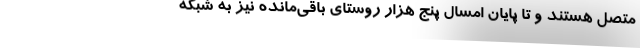
متصل هستند و تا پایان امسال پنج هزار روستای باقی‌مانده نیز به شبکه